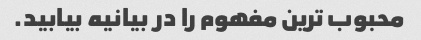
محبوب ترین مفهوم را در بیانیه بیابید.